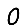
Digit: 0